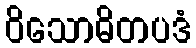
ဝိသောဓိတပဒံ